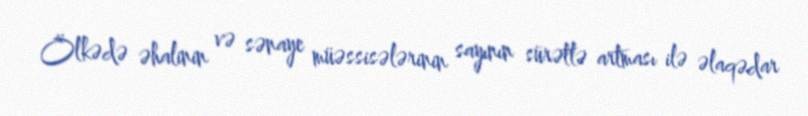
Ölkədə əhalinin və sənaye müəssisələrinin sayının sürətlə artması ilə əlaqədar